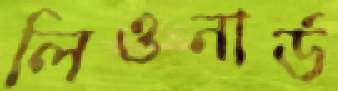
লিওনার্ড